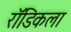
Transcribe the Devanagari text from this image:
रॉडिकला